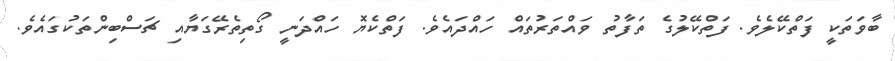
ބާވަތަކީ ފަތްކޭލެވެ. ފަތްކޭލުގެ ތަފާތު ވައްތަރުތައް ހައްދައެވެ. ފަތްކެޔޮ ހައްދަނީ ގޯތިތެރޭގަޔާއި ޗަސްބިންތަކުގައެވެ.